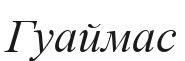
Гуаймас